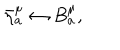
LaTeX: \bar { \eta } _ { a } ^ { \mu } \leftrightarrow B _ { a } ^ { \mu } ,